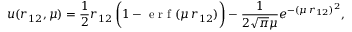
u ( r _ { 1 2 } , \mu ) = \frac { 1 } { 2 } r _ { 1 2 } \, \bigg ( 1 - \mathrm { ~ e ~ r ~ f ~ } ( \mu \, r _ { 1 2 } ) \bigg ) - \frac { 1 } { 2 \sqrt { \pi } \mu } e ^ { - ( \mu \, r _ { 1 2 } ) ^ { 2 } } ,